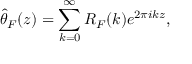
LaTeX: { \hat { \theta } } _ { F } ( z ) = \sum _ { k = 0 } ^ { \infty } R _ { F } ( k ) e ^ { 2 \pi i k z } ,